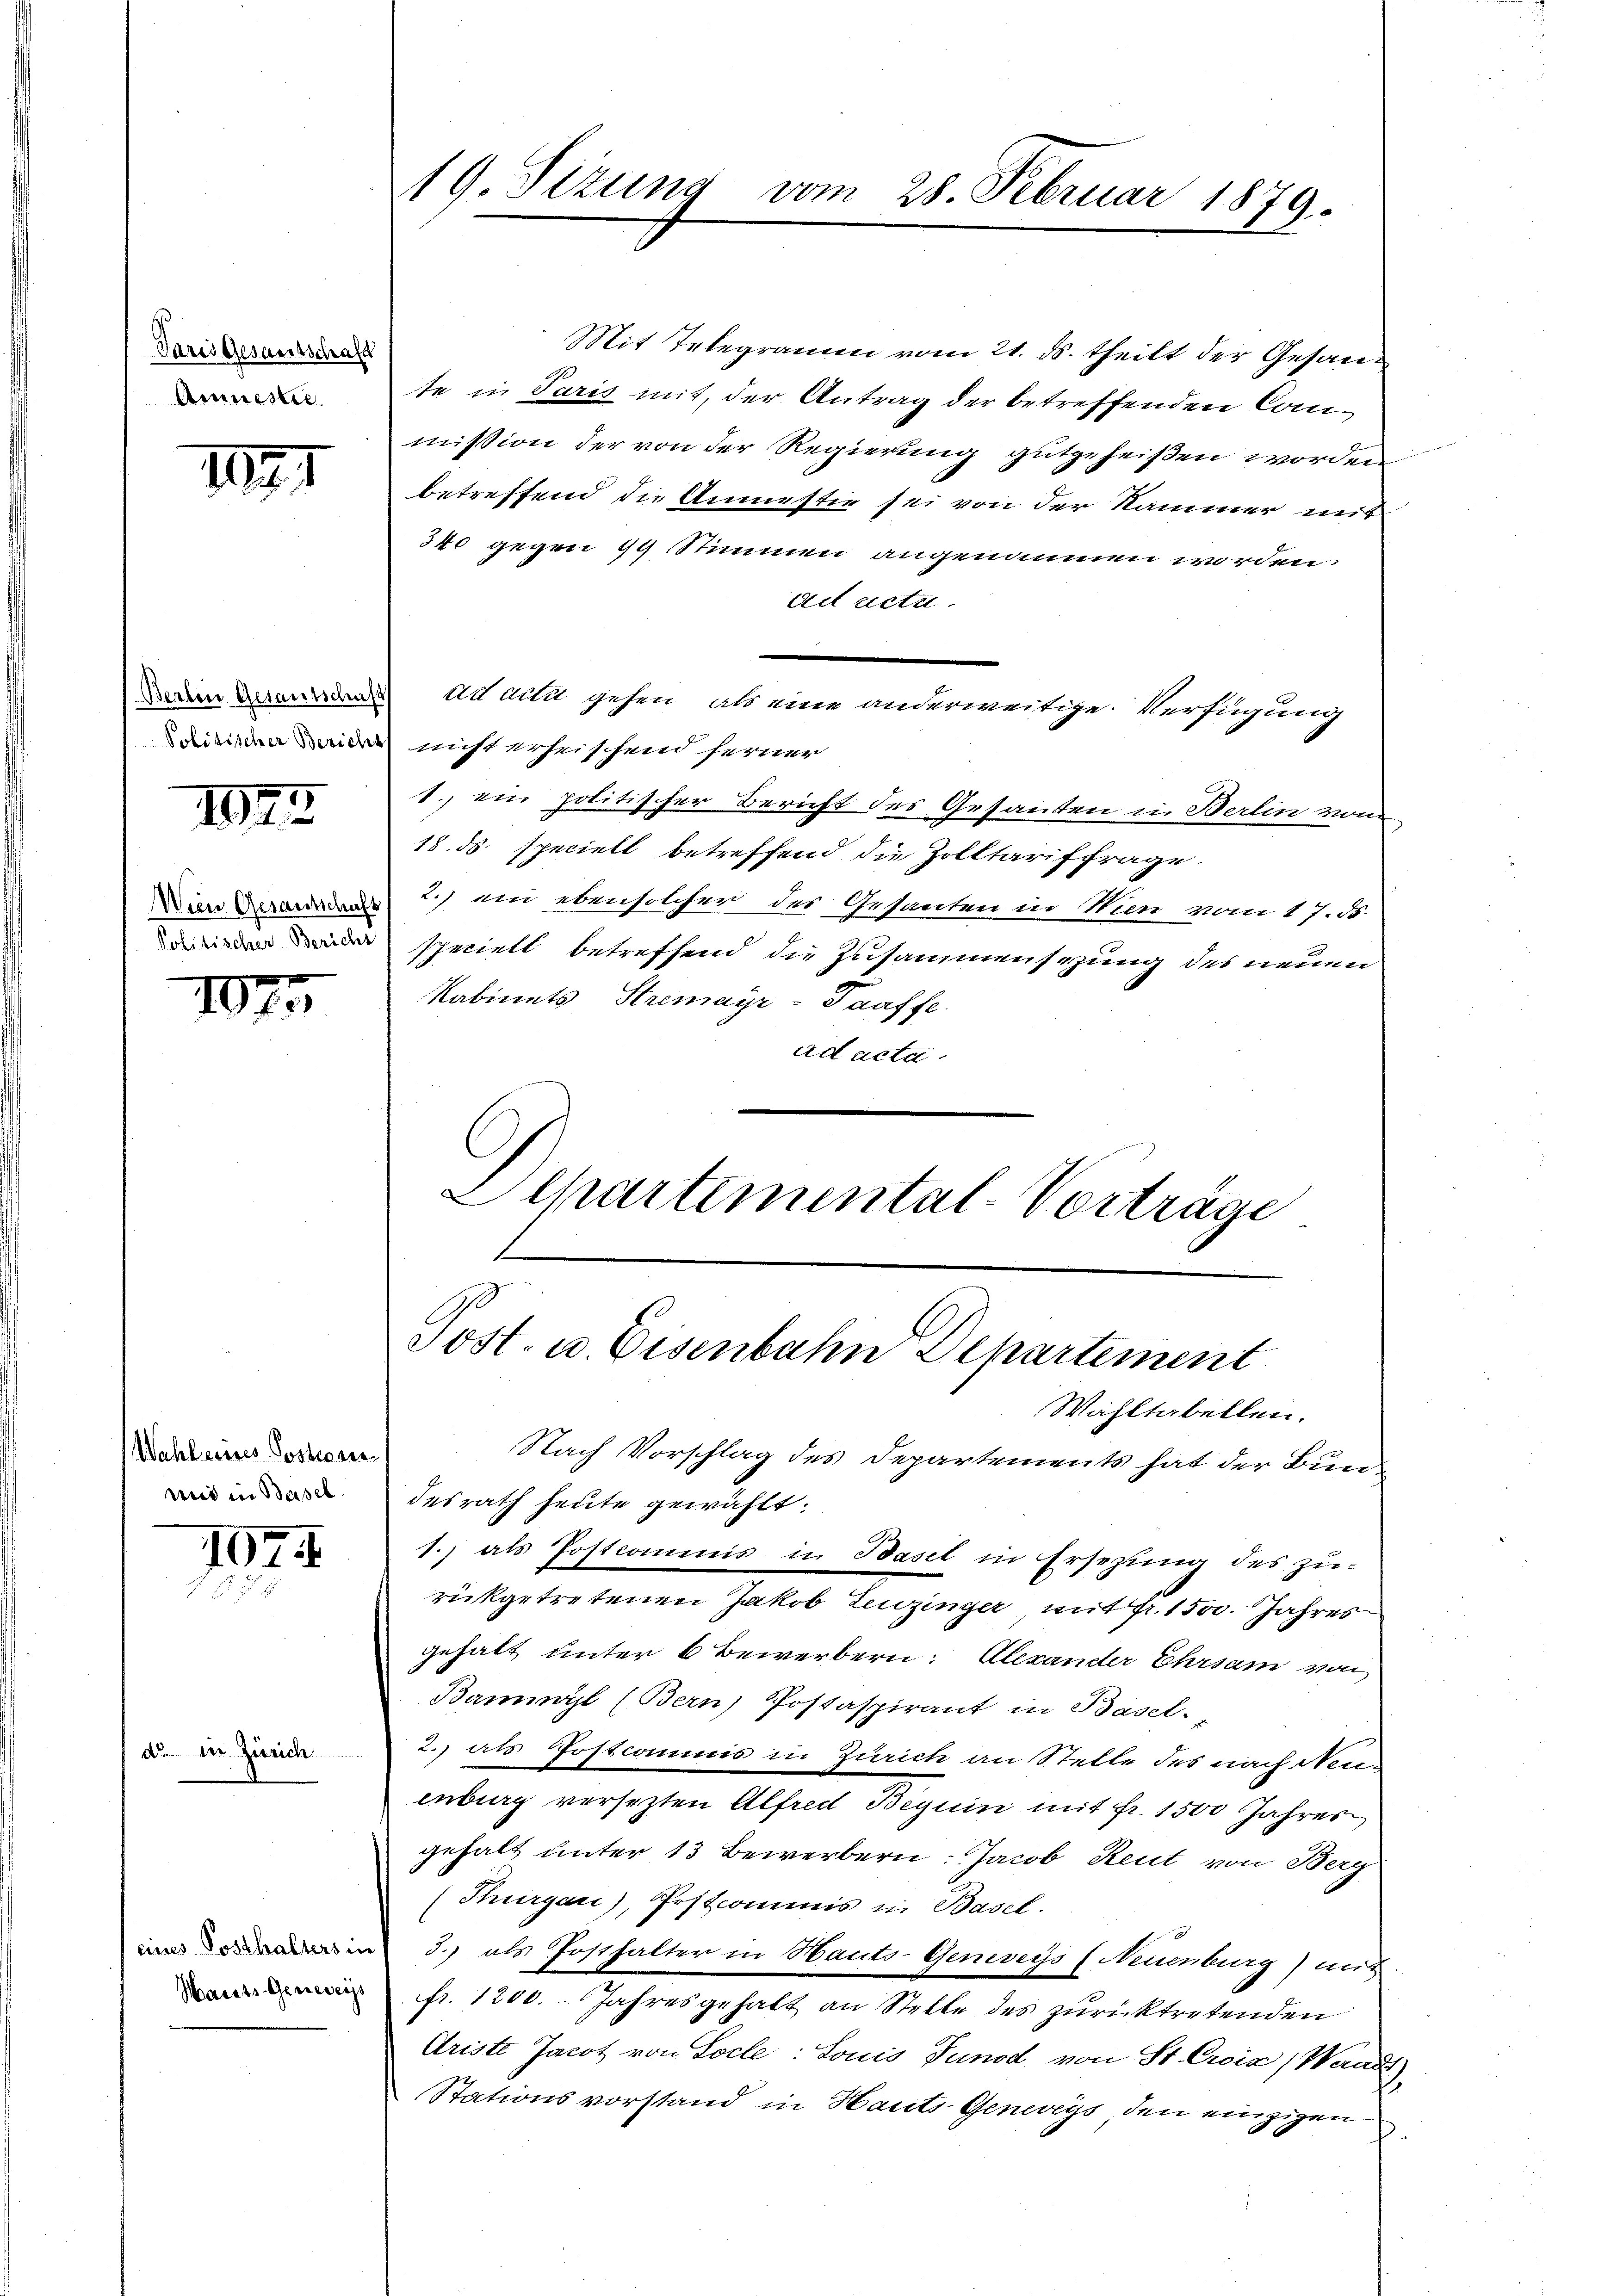
Varis Gesamtschaft
Amnestre

1891

1924

Win Gesantschaf
Politischer-Bericht

10 fr

Wahl eines Possesser
und in Basel

1024

do. In Zürich

Hausts Generey

19. Sizung vom 28. Februar 1879.

Mit Telegramm vom 21. ds. theilt der Gesante in Paris mit, der Antrag der betreffenden Canmission der von der Regierung gutgeheißen worden
betreffend die Anmestie sei von der Kammer mit
340 gegen 99 Stimmen angenommen worden.
ad actu
iutail gehen, als eine anderweitige Verfügung
ieisten die nicht erheischend ferner
1.) ein politischer Bericht des Gesanden in Berlin vom
18. ds. speciell betreffend die Zolltariffrage.
2.) ein ebensolcher der Gesanten in Wien vom 17. ds.
speciell betreffend die Zusammensezung des neuen
Kabinets Stremayr-Taaffe.
ad acta
Departemental-Vorträge

Post- u. Eisenbahn Departement

Wahltabellen.
Nach Vorschlag des Departements hat der Bundesrath heute gewählt:
1. als Postcommis in Basel in Ersetzŭng des zŭ-
rückgetretenen Jakob Zeuzinger mit Fr. 1500. Jahres
gehalt unter 6 Bewerbern: Alexander Ehrsam von
Bamwyl (Bern) Postaspirant in Basel-
2.) als Postcommis in Zürich an Stelle des nach Neuenburg versezten Alfred Beguin mit Fr. 1500 Jahres
gehalt unter 13 Bewerbern: Jacob Reut von Berg
(Thurgari), Postcommis in Basel.
in 3.) als Posthalter in Hauts-Geneveys (Neuenburg) mit.
fr. 1200. Jahresgehalt an Stelle des zurücktretenden
Ariste Jacot von Locle: Louis Junod von St. Croix ( Waadt
Stationsvorstand in Hauts-Genwegs den einzigen
f